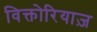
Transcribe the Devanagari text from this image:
विक्तोरियाज़